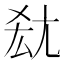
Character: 𡯤